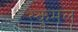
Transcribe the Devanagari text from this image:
स्कूमल